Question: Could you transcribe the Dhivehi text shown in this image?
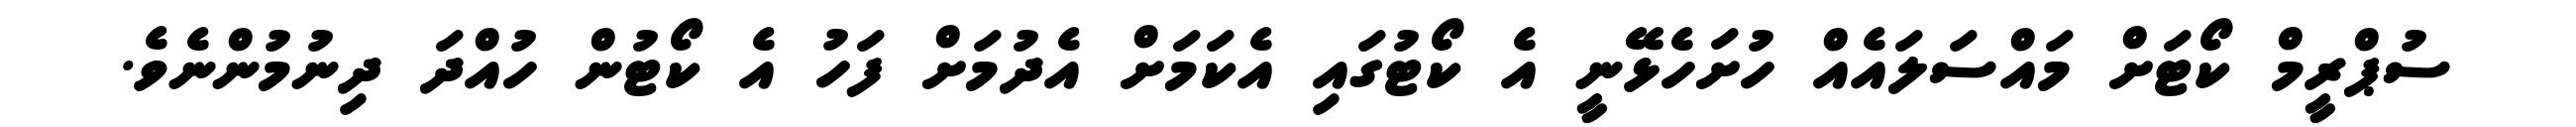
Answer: ސުޕްރީމް ކޯޓަށް މައްސަލައެއް ހުށަހެޅޭނީ އެ ކޯޓުގައި އެކަމަށް އެދުމަށް ފަހު އެ ކޯޓުން ހުއްދަ ދިނުމުންނެވެ.